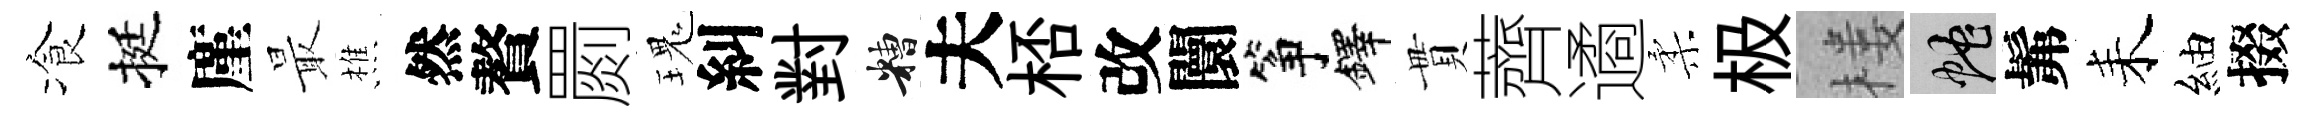
飡挺廑最樵然贅罽瑰糾對糟夫桮改闤筝鐸貫薺遹柔极楼蛇髴耒紬掇